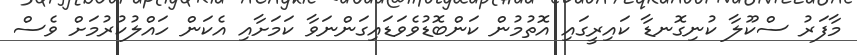
މާފަރު ސްކޫލާ ކުނިގޮނޑާ ކައިރީގައި އޮތުމުން ކަންބޮޑުވެވަޑައިގަންނަވާ ކަމަށާއި އެކަން ހައްލުކުރުމަށް ވެސް